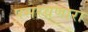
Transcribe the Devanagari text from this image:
पसरवणारा